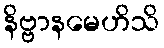
နိဗ္ဗာနမေဟိသိ